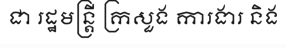
ជា រដ្ឋមន្ត្រី ក្រសួង ការងារ និង